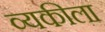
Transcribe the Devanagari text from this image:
व्यकीला